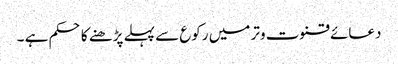
دعائے قنوت وتر میں رکوع سے پہلے پڑھنے کا حکم ہے ۔